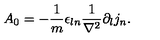
A _ { 0 } = - \frac { 1 } { m } \epsilon _ { l n } \frac { 1 } { \nabla ^ { 2 } } \partial _ { l } j _ { n } .